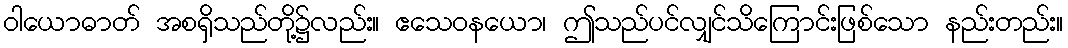
ဝါယောဓာတ် အစရှိသည်တို့၌လည်း။ ဧသေဝနယော၊ ဤသည်ပင်လျှင်သိကြောင်းဖြစ်သော နည်းတည်း။